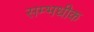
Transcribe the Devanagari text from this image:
सम्भधीक